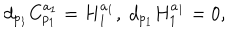
LaTeX: d _ { p _ { 1 } } C _ { p _ { 1 } } ^ { a _ { 1 } } = H _ { 1 } ^ { a _ { 1 } } , \; d _ { p _ { 1 } } H _ { 1 } ^ { a _ { 1 } } = 0 ,